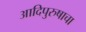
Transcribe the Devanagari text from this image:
आदिपुरुषाचा